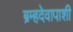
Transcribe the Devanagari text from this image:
ब्रम्हदेवापाशी